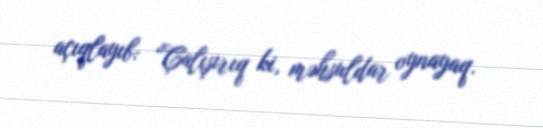
açıqlayıb: “Çalışırıq ki, məhsuldar oynayaq.